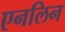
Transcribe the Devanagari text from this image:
एनलिन